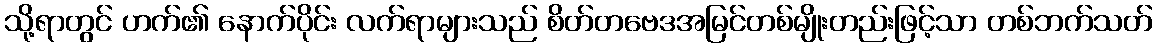
သို့ရာတွင် ဟက်၏ နောက်ပိုင်း လက်ရာများသည် စိတ်တဗေဒအမြင်တစ်မျိုးတည်းဖြင့်သာ တစ်ဘက်သတ်